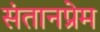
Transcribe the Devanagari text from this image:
संतानप्रेम